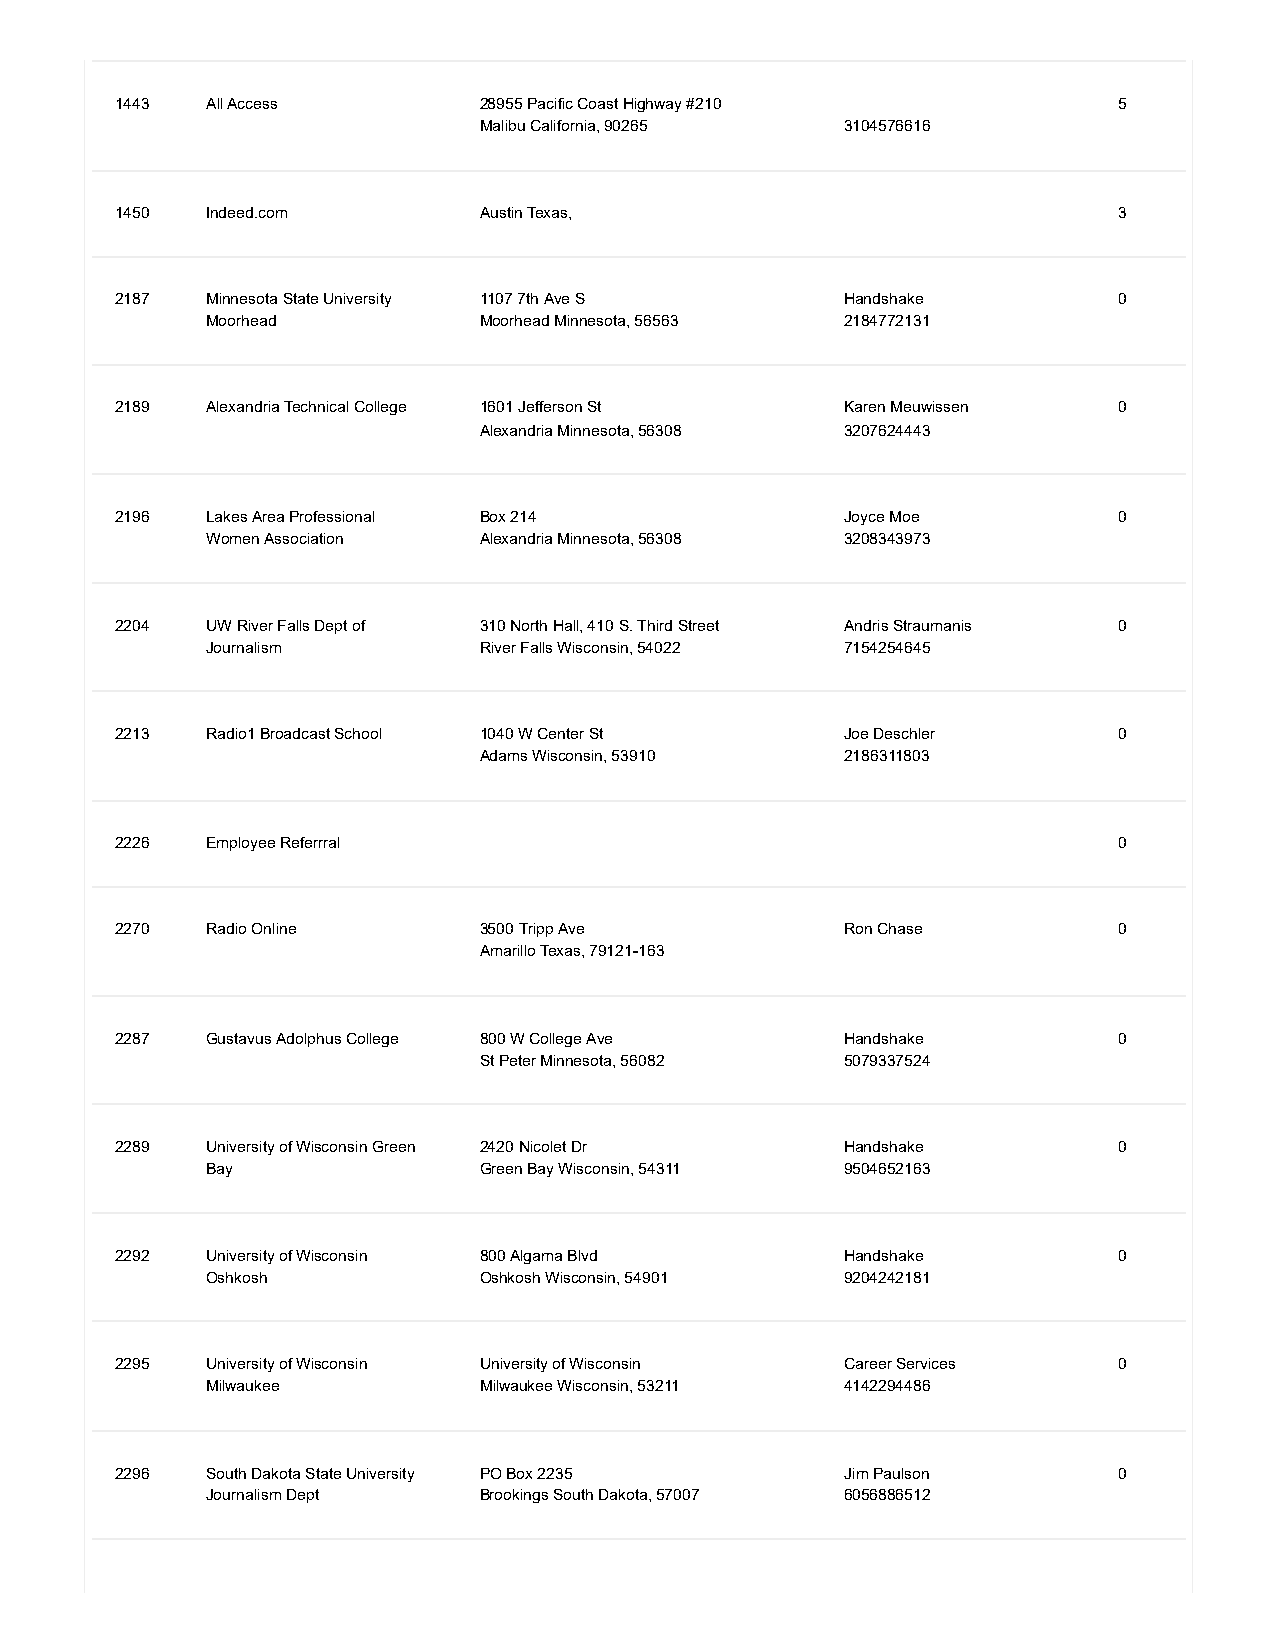
1443  All Access        28955 Pacific Coast Highway #210          5
 Malibu California, 90265 3104576616
 1450  Indeed.com        Austin Texas,                             3
 2187  Minnesota State University 1107 7th Ave S Handshake         0
 Moorhead          Moorhead Minnesota, 56563 2184772131
 2189  Alexandria Technical College 1601 Jefferson St Karen Meuwissen 0
 Alexandria Minnesota, 56308 3207624443
 2196  Lakes Area Professional Box 214           Joyce Moe         0
 Women Association Alexandria Minnesota, 56308 3208343973
 2204  UW River Falls Dept of 310 North Hall, 410 S. Third Street Andris Straumanis 0
 Journalism        River Falls Wisconsin, 54022 7154254645
 2213  Radio1 Broadcast School 1040 W Center St  Joe Deschler      0
 Adams Wisconsin, 53910  2186311803
 2226  Employee Referrral                                          0
 2270  Radio Online      3500 Tripp Ave          Ron Chase         0
 Amarillo Texas, 79121-163
 2287  Gustavus Adolphus College 800 W College Ave Handshake       0
 St Peter Minnesota, 56082 5079337524
 2289  University of Wisconsin Green 2420 Nicolet Dr Handshake     0
 Bay               Green Bay Wisconsin, 54311 9504652163
 2292  University of Wisconsin 800 Algama Blvd   Handshake         0
 Oshkosh           Oshkosh Wisconsin, 54901 9204242181
 2295  University of Wisconsin University of Wisconsin Career Services 0
 Milwaukee         Milwaukee Wisconsin, 53211 4142294486
 2296  South Dakota State University PO Box 2235 Jim Paulson       0
 Journalism Dept   Brookings South Dakota, 57007 6056886512